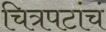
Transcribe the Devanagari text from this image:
चित्रपटांचं